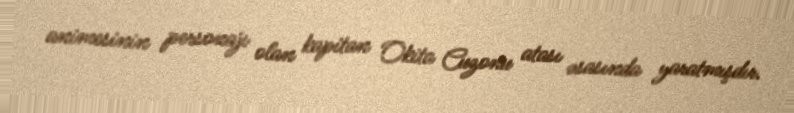
animesinin personajı olan kapitan Okita Cuzonu atası əsasında yaratmışdır.